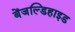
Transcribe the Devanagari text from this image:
बेंजल्डिहाइड